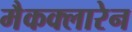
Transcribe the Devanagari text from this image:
मैकक्लारेन